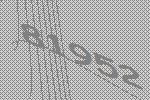
81952